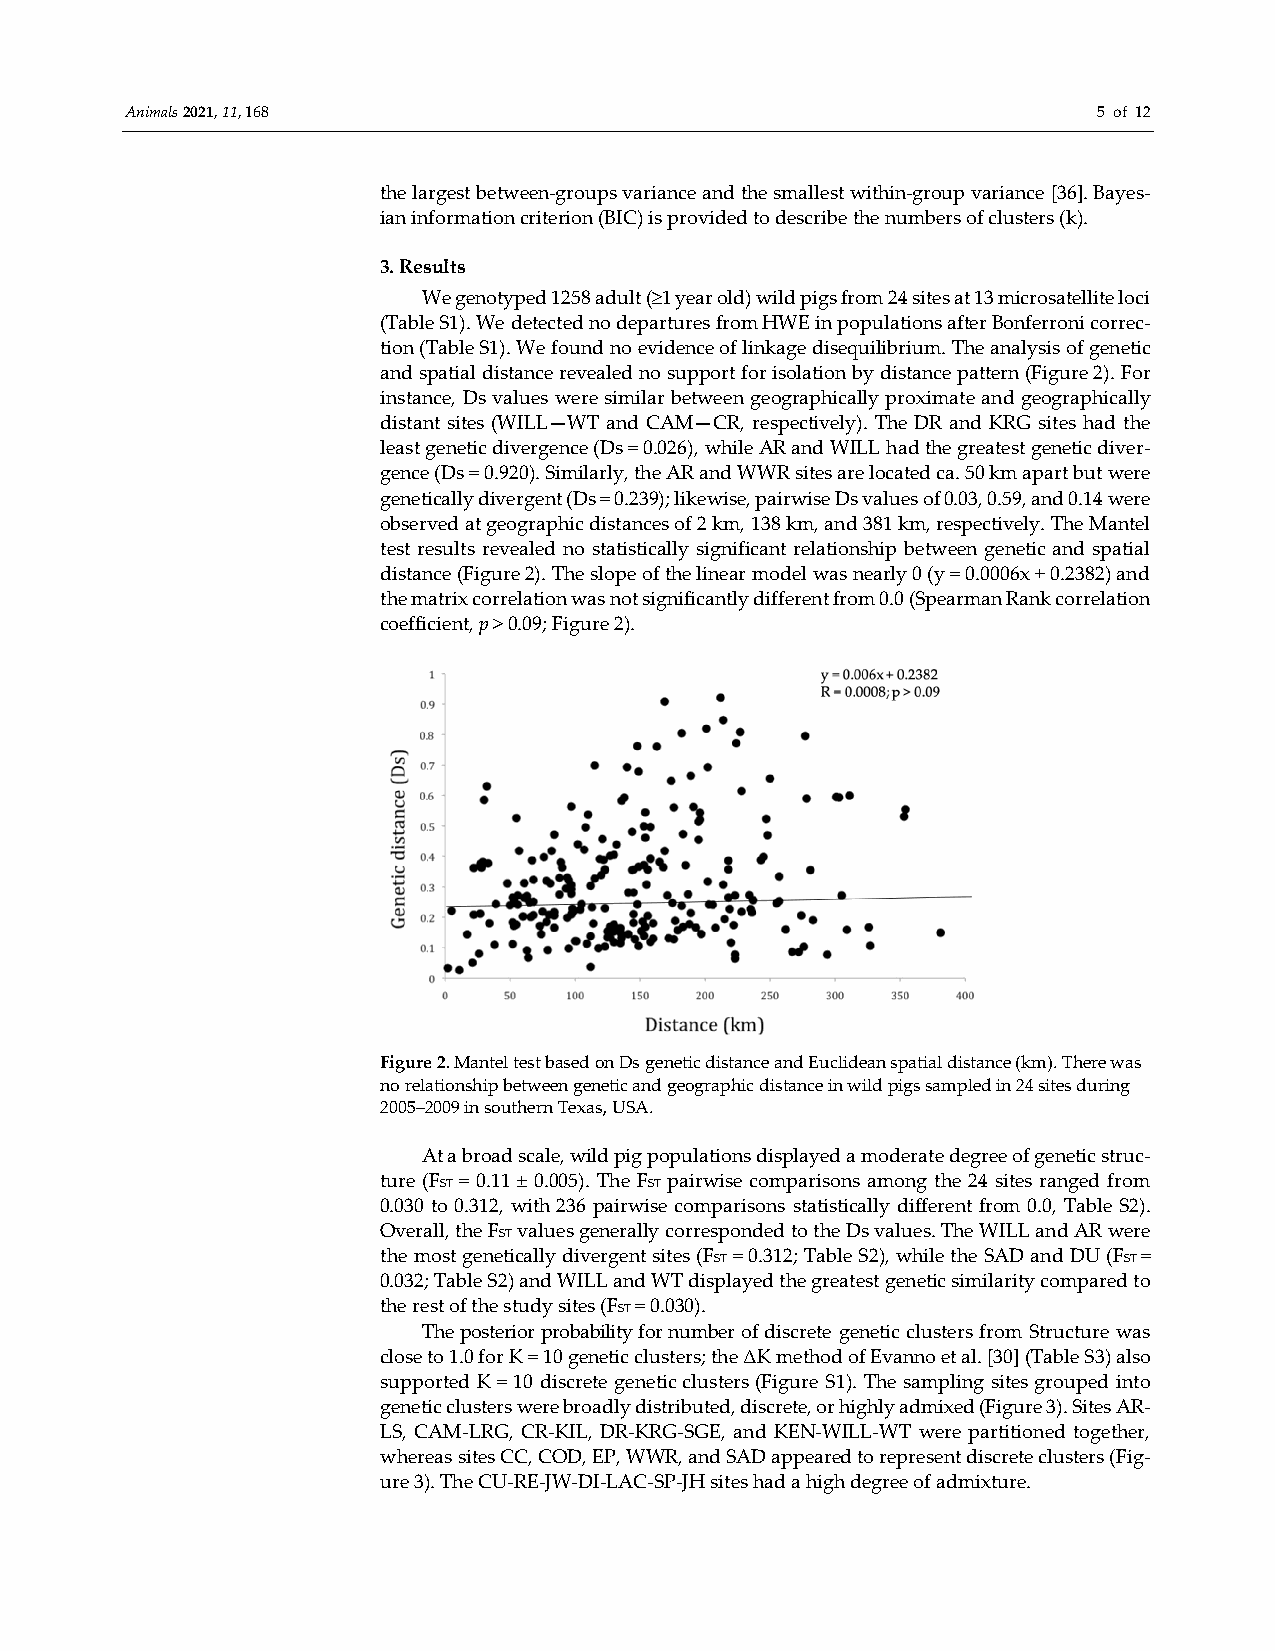
Animals 2021, 11, 168                                            5 of 12
 the largest between-groups variance and the smallest within-group variance [36]. Bayes-
 ian information criterion (BIC) is provided to describe the numbers of clusters (k).
 3. Results
 We genotyped 1258 adult (≥1 year old) wild pigs from 24 sites at 13 microsatellite loci
 (Table S1). We detected no departures from HWE in populations after Bonferroni correc-
 tion (Table S1). We found no evidence of linkage disequilibrium. The analysis of genetic
 and spatial distance revealed no support for isolation by distance pattern (Figure 2). For
 instance, Ds values were similar between geographically proximate and geographically
 distant sites (WILL—WT and CAM—CR, respectively). The DR and KRG sites had the
 least genetic divergence (Ds = 0.026), while AR and WILL had the greatest genetic diver-
 gence (Ds = 0.920). Similarly, the AR and WWR sites are located ca. 50 km apart but were
 genetically divergent (Ds = 0.239); likewise, pairwise Ds values of 0.03, 0.59, and 0.14 were
 observed at geographic distances of 2 km, 138 km, and 381 km, respectively. The Mantel
 test results revealed no statistically significant relationship between genetic and spatial
 distance (Figure 2). The slope of the linear model was nearly 0 (y = 0.0006x + 0.2382) and
 the matrix correlation was not significantly different from 0.0 (Spearman Rank correlation
 coefficient, p > 0.09; Figure 2).
 Figure 2. Mantel test based on Ds genetic distance and Euclidean spatial distance (km). There was
 no relationship between genetic and geographic distance in wild pigs sampled in 24 sites during
 2005−2009 in southern Texas, USA.
 At a broad scale, wild pig populations displayed a moderate degree of genetic struc-
 ture (FST = 0.11 ± 0.005). The FST pairwise comparisons among the 24 sites ranged from
 0.030 to 0.312, with 236 pairwise comparisons statistically different from 0.0, Table S2).
 Overall, the FST values generally corresponded to the Ds values. The WILL and AR were
 the most genetically divergent sites (FST = 0.312; Table S2), while the SAD and DU (FST =
 0.032; Table S2) and WILL and WT displayed the greatest genetic similarity compared to
 the rest of the study sites (FST = 0.030).
 The posterior probability for number of discrete genetic clusters from Structure was
 close to 1.0 for K = 10 genetic clusters; the ΔK method of Evanno et al. [30] (Table S3) also
 supported K = 10 discrete genetic clusters (Figure S1). The sampling sites grouped into
 genetic clusters were broadly distributed, discrete, or highly admixed (Figure 3). Sites AR-
 LS, CAM-LRG, CR-KIL, DR-KRG-SGE, and KEN-WILL-WT were partitioned together,
 whereas sites CC, COD, EP, WWR, and SAD appeared to represent discrete clusters (Fig-
 ure 3). The CU-RE-JW-DI-LAC-SP-JH sites had a high degree of admixture.